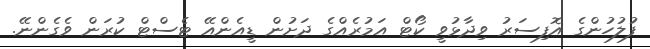
ފުލުހުންގެ އޮފިސަރު ވިދާޅުވީ ކޯޓް އަމުރެއްގެ ދަށުން ޑީއެންއޭ ޓެސްޓް ކުރަން ވެގެންނޭ.